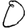
Digit: 0